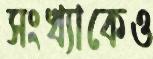
সংখ্যাকেও